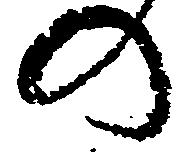
の